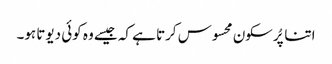
اتنا پُرسکون محسوس کرتا ہے کہ جیسے وہ کوئی دیوتا ہو۔